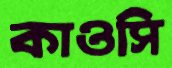
কাওসি